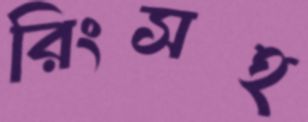
রিংসহ